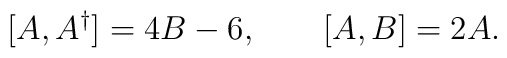
[A,A^\dagger] = 4 B - 6, \qquad[A,B] = 2 A.